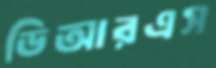
ডিআরএস